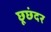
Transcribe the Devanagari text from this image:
छूछंदर